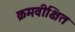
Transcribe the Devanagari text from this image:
क्रमवीक्षित